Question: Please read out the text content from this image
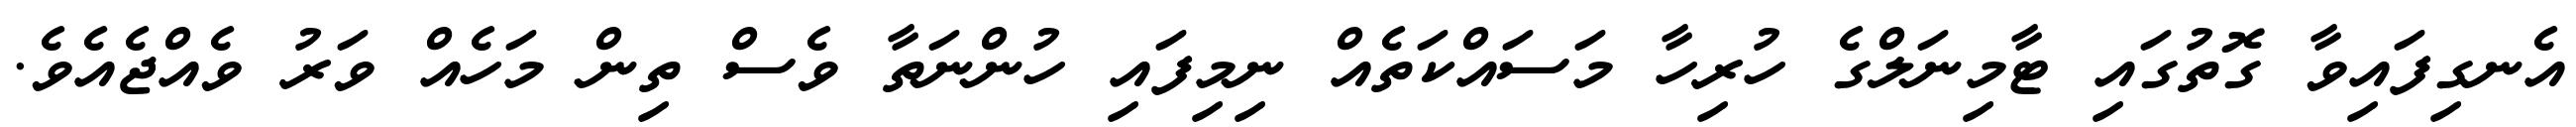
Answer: އެނގިފައިވާ ގޮތުގައި ޓާމިނަލްގެ ހުރިހާ މަސައްކަތެއް ނިމިފައި ހުންނަތާ ވެސް ތިން މަހެއް ވަރު ވެއްޖެއެވެ.